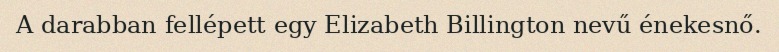
A darabban fellépett egy Elizabeth Billington nevű énekesnő.